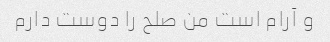
و آرام است من صلح را دوست دارم